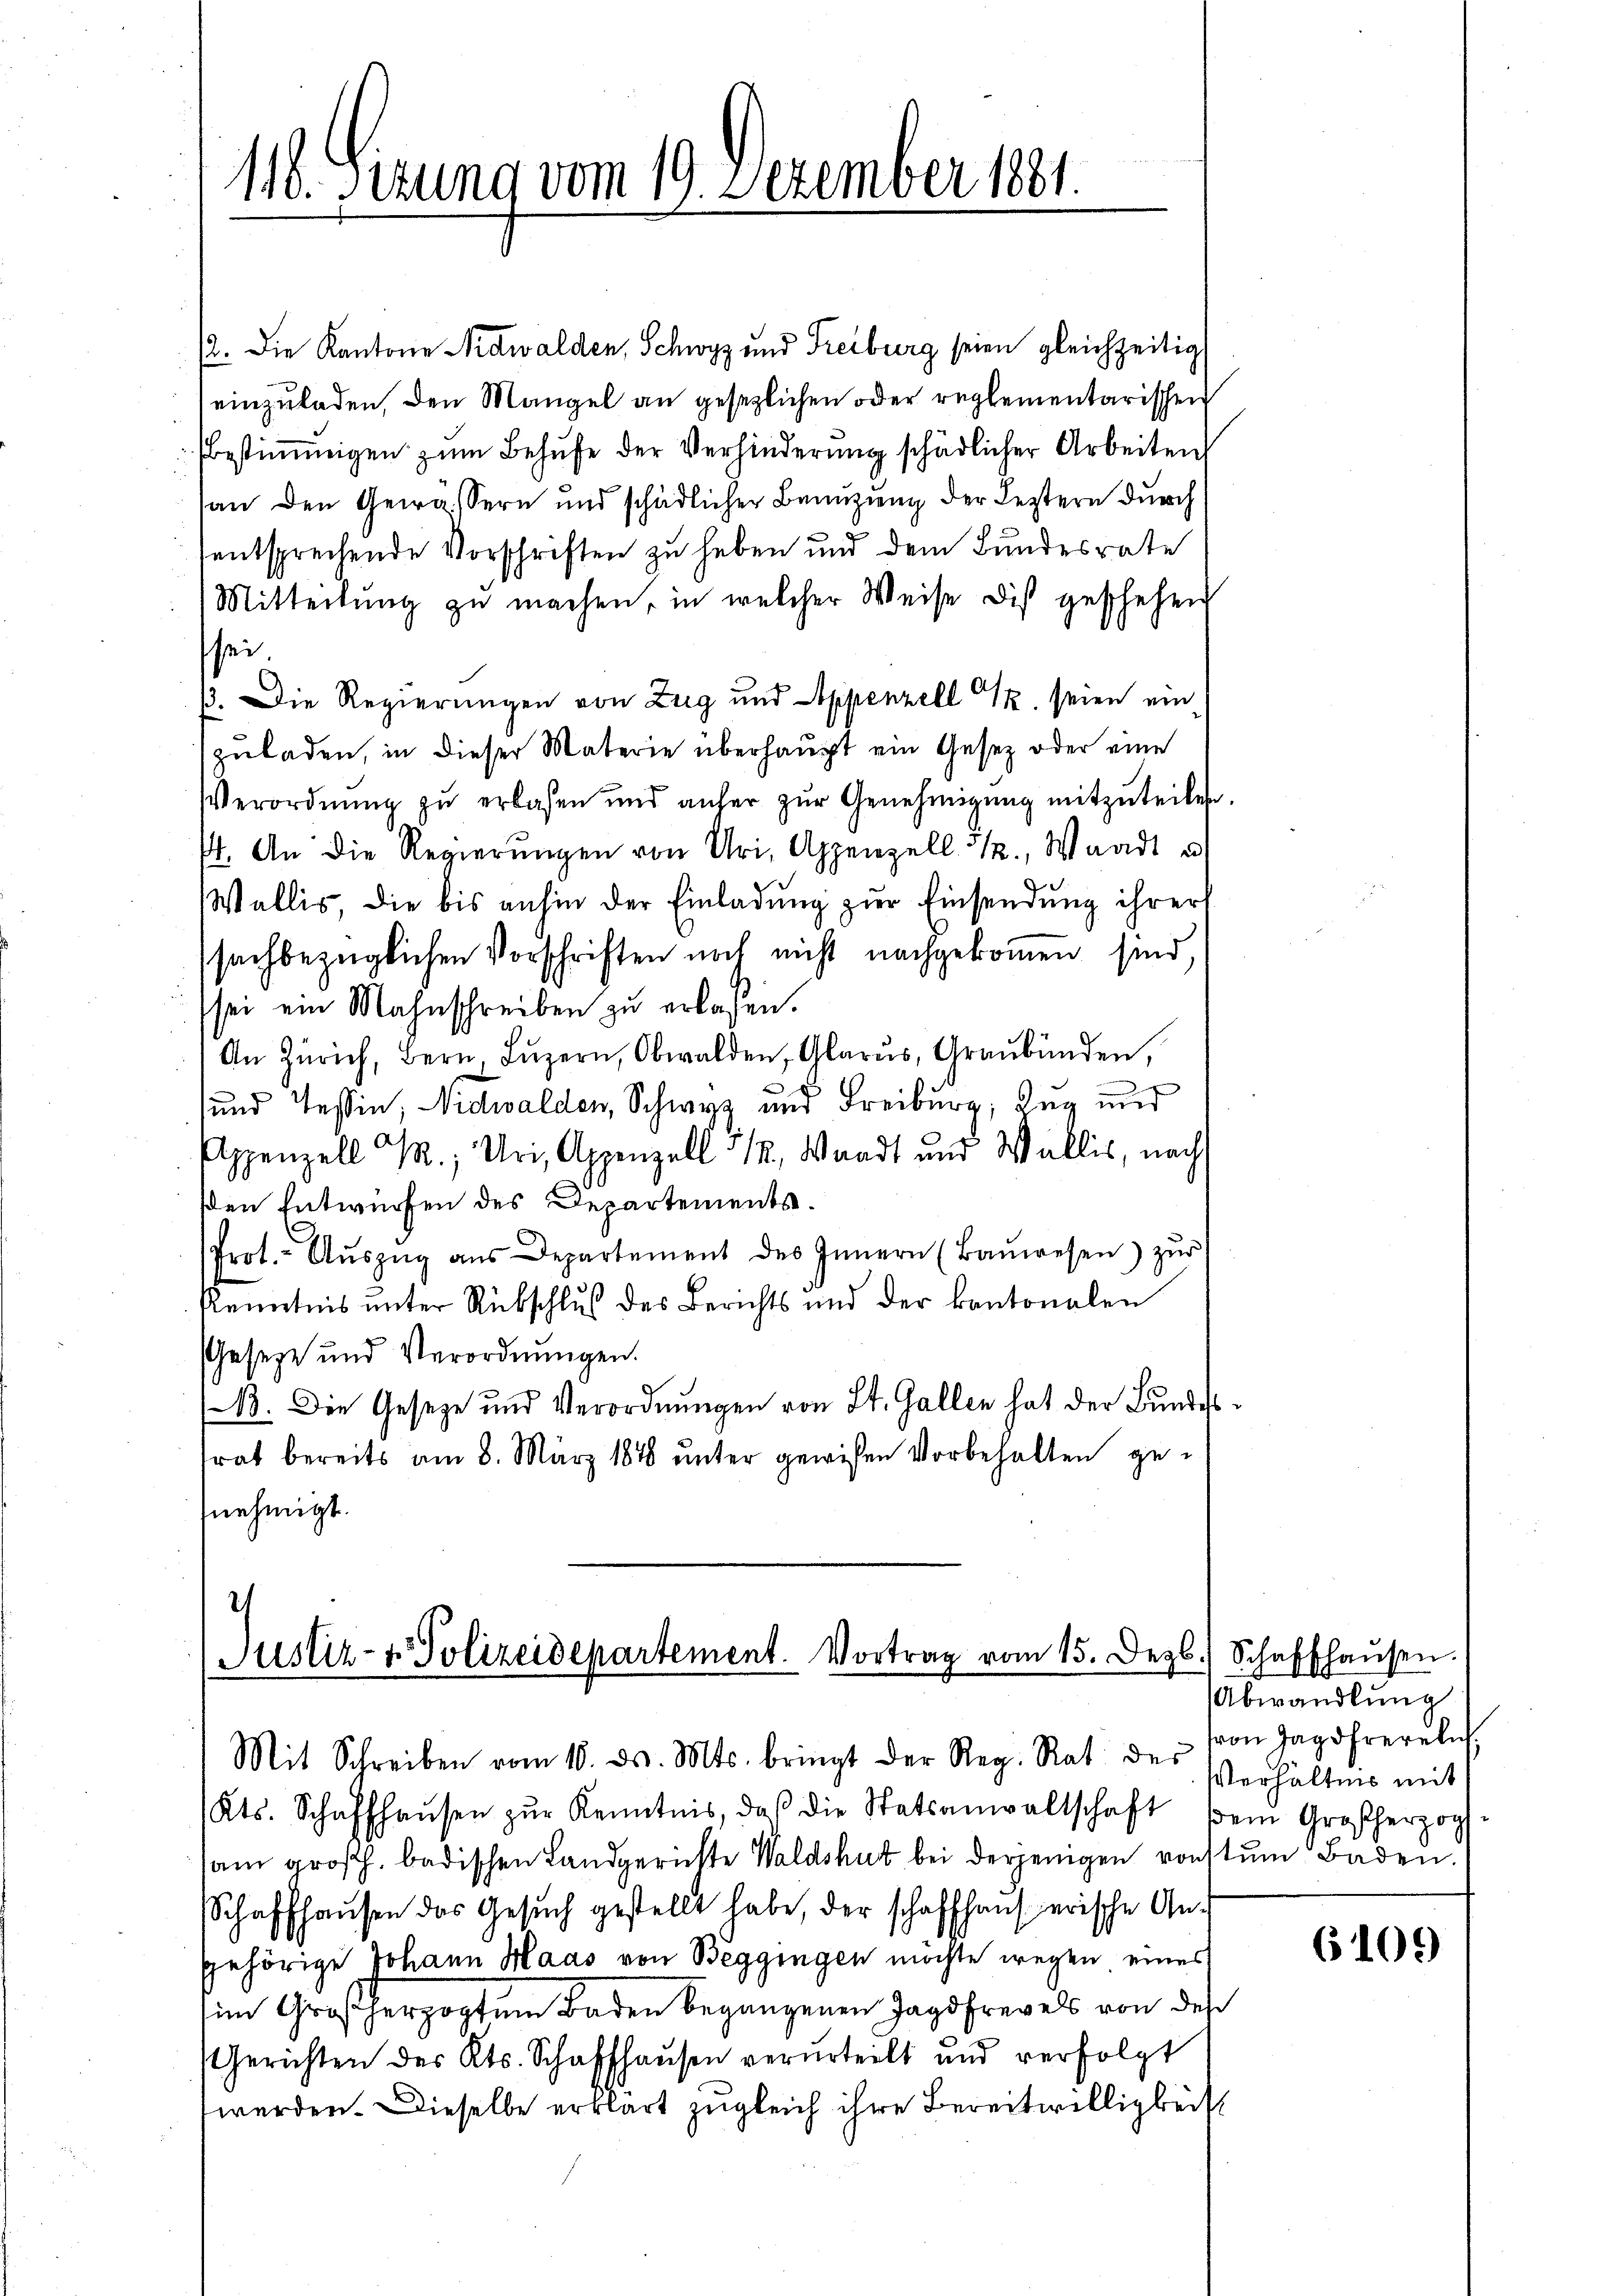
116. Sizung vom 19. Dezember 1881.

12. Die Kantone Nidwalden, Schwyz und Freiburg seien gleichzeitig
einzuladen, den Mangel an gesezlichen oder reglementarischen
bestimmigen zŭm Behufe der Verhinderŭng schädlicher Arbeiten
(an den Gewässern und schädlicher Benuzung der Leztern durch
sentsprechende Vorschriften zu haben und dem Bundesrate
Mitteilŭng zu machen, in welcher Weise dis geschehen
sei.
ß. Die Regierungen von Zug und Appenzell z. seien ein
zuladen, in dieser Materie überhaupt ein Gesetz oder eine
Verordnŭng zŭ erlassen und anher zŭr Genehmigŭng mitzŭteilen
. An die Regierŭngen von Uri, Appenzell 32., Waadt u
Wallis, die bis anhin der Einladung zur Einsendung ihrer
sachbezüglichen Vorschriften noch nicht nachgekommen sind,
sei ein Mahnschreiben zu erlassen.
An Zürich, Bern, Lŭzern, Obwalden, Glarus, Graubünden,
.
und Tessin, Nidwalden, Schwyz und Freiburg, Tag und
Appenzell M.; Uri, Appenzell 512, Waadt und Wallis, nach
den Entwürfen des Departements.
Prot. Aŭszŭg aŭs Departement des Innern (Baŭwesen) zŭr
Kenntnis unter Rübschluß des Berichts und der kantonalen
Geseze und Verordnungen.
(13. Die Geseze und Verordnungen von St. Gallen hat der Bundes
frat bereits am 8. März 1878 unter gewisen Vorbehalten genehmigt.

7
Justiz- & Polizeidepartement. Vortrag vom 15. Dez.

Mit Schreiben vom 10. d. Mts. bringt der Reg. Rat des
Kts. Schaffhaŭsen zŭr Kenntnis, daβ die Statsanwaltschaft sein Großherzog.

sam großh. badischen Landgerichte Waldshut bei derjenigen vorstum Baden.
Schaffhausen des Gesuch gestellt habe, der schaffhaus erische Angehörige Johann Haas von Beggingen möchte wegen eines
im Großherzogtum Boden begangenen Jagdfrevels von des
Gerichten des Kts. Schaffhaŭsen verurteilt und verfolgt
werden. Dieselbe erklärt zugleich ihre Bereitwilligkeit

Schaffhausen.
Abwandlung
von Jagdfrevelich,
Verhältnis mit

6109